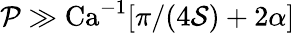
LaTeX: \mathcal{P}\gg\textrm{Ca}^{-1}[\pi/(4\mathcal{S})+2\alpha]